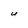
Character: U